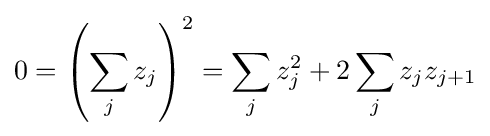
0=\left(\sum _{j}z_{j}\right)^{2}=\sum _{j}z_{j}^{2}+2\sum _{j}z_{j}z_{j+1}